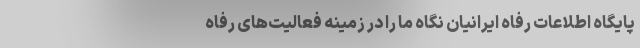
پایگاه اطلاعات رفاه ایرانیان نگاه ما را در زمینه فعالیت‌های رفاه